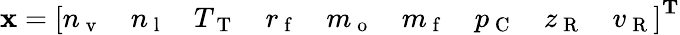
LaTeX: \mathbf{x}=\left[\begin{array}{lllllllll}{n_{\mathrm{~v~}}}&{n_{\mathrm{~l~}}}&{T_{\mathrm{~T~}}}&{r_{\mathrm{~f~}}}&{m_{\mathrm{~o~}}}&{m_{\mathrm{~f~}}}&{p_{\mathrm{~C~}}}&{z_{\mathrm{~R~}}}&{v_{\mathrm{~R~}}}\end{array}\right]^{\mathbf{T}}